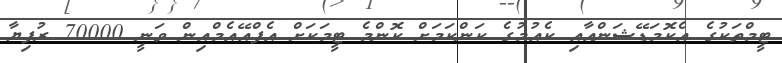
ޓީމްތަކުގެ އެކޮމަޑޭޝަންއާއި ކެއުމުގެ ކަންކަމަށް ކޮންމެ ޓީމަކަށް އެފްއޭއެމްއިން ވަނީ 70000 ރުފިޔާ